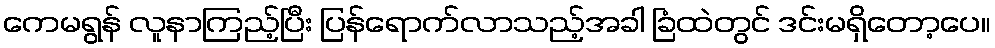
ကေမရွန် လူနာကြည့်ပြီး ပြန်ရောက်လာသည့်အခါ ခြံထဲတွင် ဒင်းမရှိတော့ပေ။